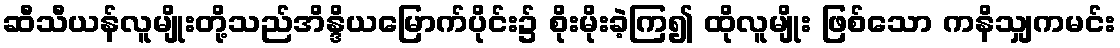
ဆီသီယန်လူမျိုးတို့သည်အိန္ဒိယမြောက်ပိုင်း၌ စိုးမိုးခဲ့ကြ၍ ထိုလူမျိုး ဖြစ်သော ကနိသျှကမင်း